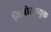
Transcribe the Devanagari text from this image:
मिजोरमयुक्त